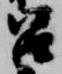
召